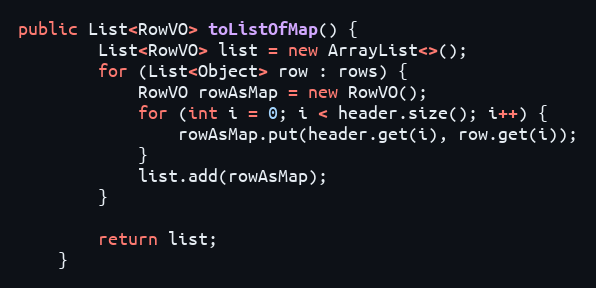
Language: Java
public List<RowVO> toListOfMap() {
		List<RowVO> list = new ArrayList<>();
		for (List<Object> row : rows) {
			RowVO rowAsMap = new RowVO();
			for (int i = 0; i < header.size(); i++) {
				rowAsMap.put(header.get(i), row.get(i));
			}
			list.add(rowAsMap);
		}

		return list;
	}